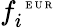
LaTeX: f_{i}^{\mathrm{~\tiny~E~U~R~}}